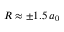
R \approx \pm 1 . 5 \, a _ { 0 }